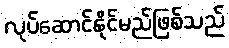
လုပ်ဆောင်နိုင်မည်ဖြစ်သည်